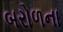
બરોળના